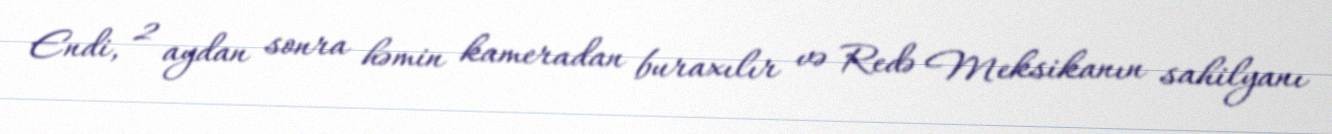
Endi, 2 aydan sonra həmin kameradan buraxılır və Redə Meksikanın sahilyanı